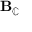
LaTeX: \mathbf { B } _ { \mathbb { C } }